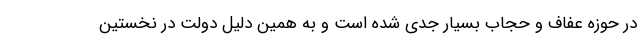
در حوزه عفاف و حجاب بسیار جدی شده است و به همین دلیل دولت در نخستین